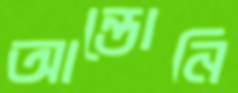
আন্তোনি